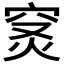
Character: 𥥦